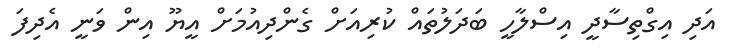
އަދި އިގްތިސާދީ އިސްލާހީ ބަދަލުތައް ކުރިއަށް ގެންދިއުމަށް އީޔޫ އިން ވަނީ އެދިފަ